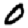
Digit: 0